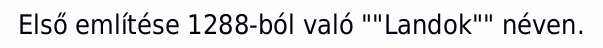
Első említése 1288-ból való ""Landok"" néven.